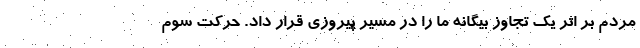
مردم بر اثر یک تجاوز بیگانه ما را در مسیر پیروزی قرار داد. حرکت سوم